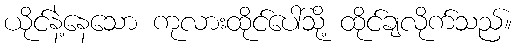
ယိုင်နဲ့နေသော ကုလားထိုင်ပေါ်သို့ ထိုင်ချလိုက်သည်။